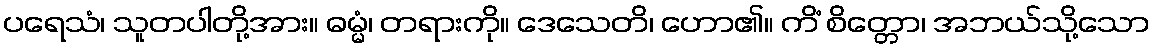
ပရေသံ၊ သူတပါတို့အား။ ဓမ္မံ၊ တရားကို။ ဒေသေတိ၊ ဟော၏။ ကိံ စိတ္တော၊ အဘယ်သို့သော